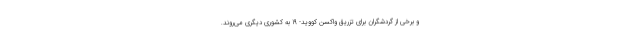
و برخی از گردشگران برای تزریق واکسن کووید- 19 به کشوری دیگری می‌روند.